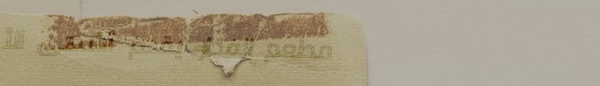
مطعم الفخار يقدم أشهى الأ